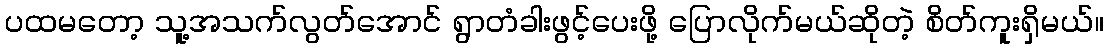
ပထမတော့ သူ့အသက်လွတ်အောင် ရွာတံခါးဖွင့်ပေးဖို့ ပြောလိုက်မယ်ဆိုတဲ့ စိတ်ကူးရှိမယ်။